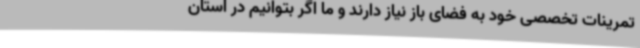
تمرینات تخصصی خود به فضای باز نیاز دارند و ما اگر بتوانیم در استان